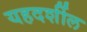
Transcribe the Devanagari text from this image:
यहदर्शील